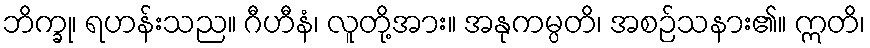
ဘိက္ခု၊ ရဟန်းသည။ ဂီဟီနံ၊ လူတို့အား။ အနုကမ္ပတိ၊ အစဉ်သနား၏။ ဣတိ၊